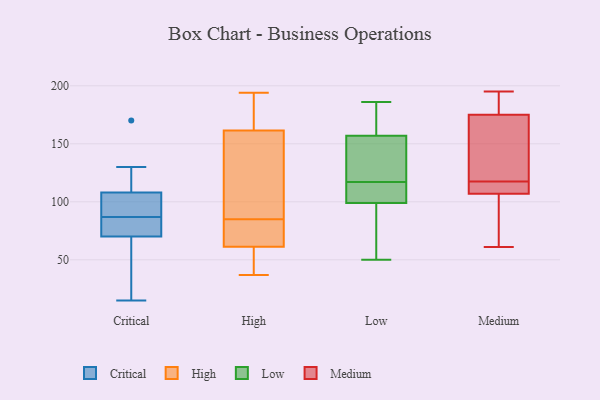
{"axis": {"x": "Headcount", "y": "Value"}, "legend": ["Critical", "High", "Low", "Medium"], "data": [{"x": "", "y": 36, "type": "Critical"}, {"x": "", "y": 84, "type": "Critical"}, {"x": "", "y": 170, "type": "Critical"}, {"x": "", "y": 108, "type": "Critical"}, {"x": "", "y": 130, "type": "Critical"}, {"x": "", "y": 77, "type": "Critical"}, {"x": "", "y": 70, "type": "Critical"}, {"x": "", "y": 90, "type": "Critical"}, {"x": "", "y": 15, "type": "Critical"}, {"x": "", "y": 105, "type": "Critical"}, {"x": "", "y": 70, "type": "High"}, {"x": "", "y": 159, "type": "High"}, {"x": "", "y": 63, "type": "High"}, {"x": "", "y": 37, "type": "High"}, {"x": "", "y": 74, "type": "High"}, {"x": "", "y": 115, "type": "High"}, {"x": "", "y": 187, "type": "High"}, {"x": "", "y": 169, "type": "High"}, {"x": "", "y": 194, "type": "High"}, {"x": "", "y": 139, "type": "High"}, {"x": "", "y": 85, "type": "High"}, {"x": "", "y": 56, "type": "High"}, {"x": "", "y": 42, "type": "High"}, {"x": "", "y": 157, "type": "Low"}, {"x": "", "y": 98, "type": "Low"}, {"x": "", "y": 186, "type": "Low"}, {"x": "", "y": 170, "type": "Low"}, {"x": "", "y": 106, "type": "Low"}, {"x": "", "y": 139, "type": "Low"}, {"x": "", "y": 145, "type": "Low"}, {"x": "", "y": 50, "type": "Low"}, {"x": "", "y": 115, "type": "Low"}, {"x": "", "y": 102, "type": "Low"}, {"x": "", "y": 181, "type": "Low"}, {"x": "", "y": 117, "type": "Low"}, {"x": "", "y": 64, "type": "Low"}, {"x": "", "y": 84, "type": "Low"}, {"x": "", "y": 157, "type": "Low"}, {"x": "", "y": 126, "type": "Medium"}, {"x": "", "y": 108, "type": "Medium"}, {"x": "", "y": 177, "type": "Medium"}, {"x": "", "y": 103, "type": "Medium"}, {"x": "", "y": 107, "type": "Medium"}, {"x": "", "y": 83, "type": "Medium"}, {"x": "", "y": 175, "type": "Medium"}, {"x": "", "y": 183, "type": "Medium"}, {"x": "", "y": 174, "type": "Medium"}, {"x": "", "y": 195, "type": "Medium"}, {"x": "", "y": 109, "type": "Medium"}, {"x": "", "y": 135, "type": "Medium"}, {"x": "", "y": 108, "type": "Medium"}, {"x": "", "y": 61, "type": "Medium"}]}